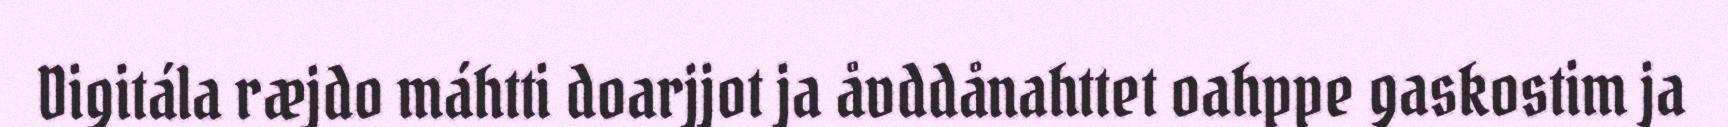
Digitála ræjdo máhtti doarjjot ja åvddånahttet oahppe gaskostim ja